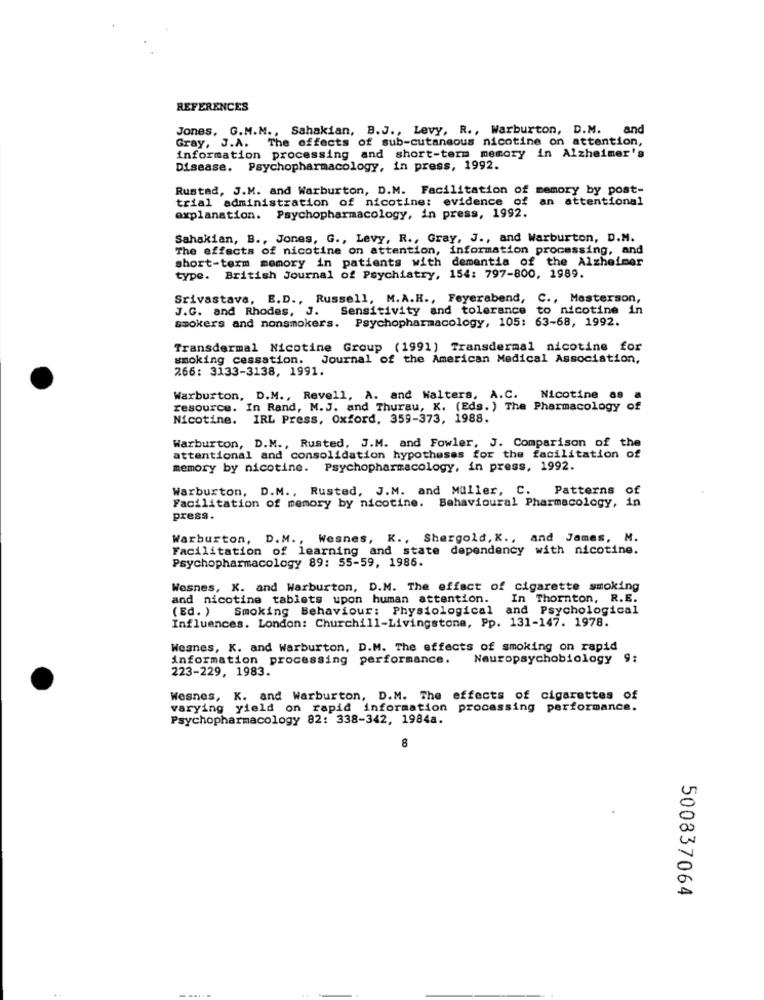
REFERENCES
Jones, G.M.M ., Sahakian, B.J ., Levy, R ., Warburton, D.M. and
Gray, J.A. The effects of sub-cutaneous nicotine on attention,
information processing and short-term memory in Alzheimer's
Disease. Psychopharmacology, in press, 1992.
Rustad, J.M. and Warburton, D.M. Facilitation of memory by post-
trial administration of nicotine: evidence of an attentional
explanation. Psychopharmacology, in press, 1992.
Sahakian, B ., Jones, G ., Levy, R ., Gray, J ., and Warburton, D.M.
The effects of nicotine on attention, information processing, and
short-term memory in patients with dementia of the Alzheimer
type. British Journal of Psychiatry, 154: 797-800, 1989.
Srivastava, E.D ., Russell, M.A.H ., Feyerabend, C ., Masterson,
J.G. and Rhodes, J. Sensitivity and tolerance to nicotine in
smokers and nonsmokers. Psychopharmacology, 105: 63-68, 1992.
Transdermal Nicotine Group (1991) Transdermal nicotine for
smoking cessation. Journal of the American Medical Association,
266: 3133-3138, 1991.
Warburton, D.M ., Revell, A. and Walters, A.C.
Nicotine 88
resource. In Rand, M.J. and Thurau, K. (Eds. ) The Pharmacology of
Nicotine. IRL Press, Oxford, 359-373, 1988.
Warburton, D.M ., Rusted, J.M. and Fowler, J. Comparison of the
attentional and consolidation hypotheses for the facilitation of
memory by nicotine. Psychopharmacology, in press, 1992.
Warburton, D.M ., Rusted, J.M. and Muller, C.
Facilitation of memory by nicotine. Behavioural Pharmacology, in
Patterns of
press.
Warburton, D.M ., Wesnes, K ., Shergold, K ., and James, M.
Facilitation of learning and state dependency with nicotine.
Psychopharmacology 89: 55-59, 1986.
Wesnes, K. and Warburton, D.M. The effect of cigarette smoking
and nicotine tablets upon human attention.
In Thornton, R.E.
(Ed. )
Smoking Behaviour: Physiological and Psychological
Influences. London: Churchill-Livingstone, Pp. 131-147. 1978.
Weanes, K. and Warburton, D.M. The effects of smoking on rapid
information processing performance.
Neuropsychobiology 9:
223-229, 1983.
Wesnes, K. and Warburton, D.M. The effects of cigarettes of
varying yield on rapid information processing performance.
Psychopharmacology 82: 338-342, 1984a.
8
500837064